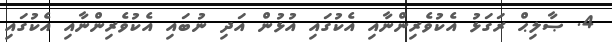
4. ޞާލިޙް ރަގަޅު އެކުވެރިންނާއި އެކުގައި އުޅުން އަދި ނުބައި އެކުވެރިންނާއި އެކުގައި